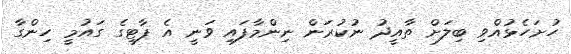
ހުށަހެޅުއްވި ބިލަށް ތާއީދު ނުކުރަން ނިންމާފައި ވަނީ އެ ޕާޓީގެ ގައުމީ ހިންގާ